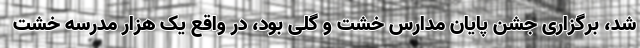
شد، برگزاری جشن پایان مدارس خشت و گلی بود، در واقع یک هزار مدرسه خشت